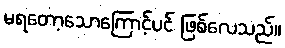
မရတော့သောကြောင့်ပင် ဖြစ်လေသည်။